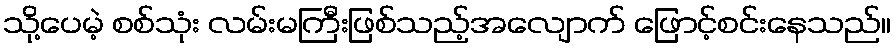
သို့ပေမဲ့ စစ်သုံး လမ်းမကြီးဖြစ်သည့်အလျောက် ဖြောင့်စင်းနေသည်။